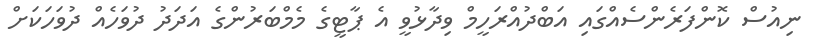
ނިއުސް ކޮންފަރެންސެއްގައި އަބްދުއްރަހީމް ވިދާޅުވީ އެ ޕާޓީގެ މެމްބަރުންގެ އަދަދު ދުވަހެއް ދުވަހަކަށް